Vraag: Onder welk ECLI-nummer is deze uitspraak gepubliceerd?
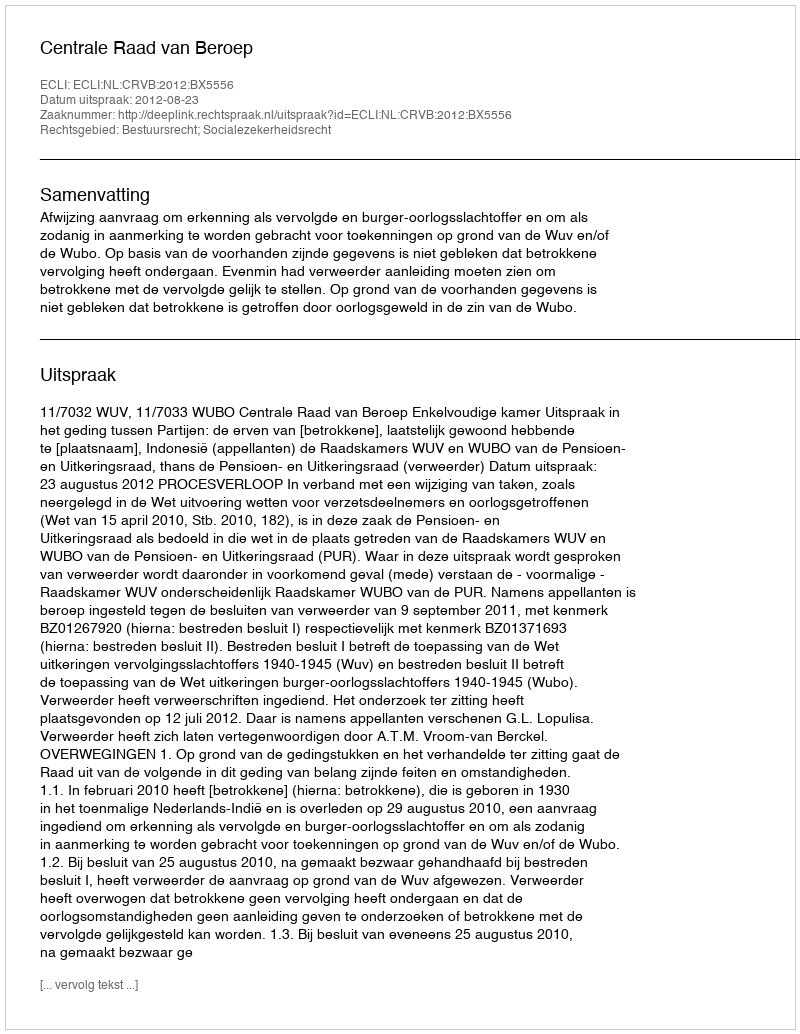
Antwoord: ECLI:NL:CRVB:2012:BX5556